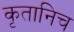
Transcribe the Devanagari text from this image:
कृतानिच